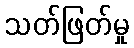
သတ်ဖြတ်မှု